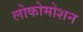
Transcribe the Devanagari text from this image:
लोकोमोशन